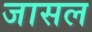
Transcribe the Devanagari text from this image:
जासल